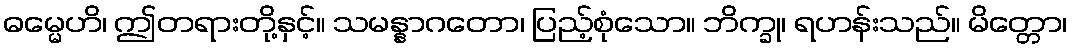
ဓမ္မေဟိ၊ ဤတရားတို့နှင့်။ သမန္နာဂတော၊ ပြည့်စုံသော။ ဘိက္ခု၊ ရဟန်းသည်။ မိတ္တော၊